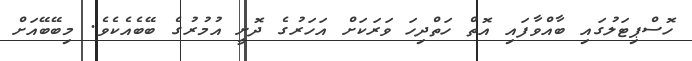
ހޮސްޕިޓަލުގައި ބާއްވާފައި އޮތް ހަތްދިހަ ވަރަކަށް އަހަރުގެ ދޮށީ އުމުރުގެ ބޭބެއެކެވެ. މިބޭބޭއަށް